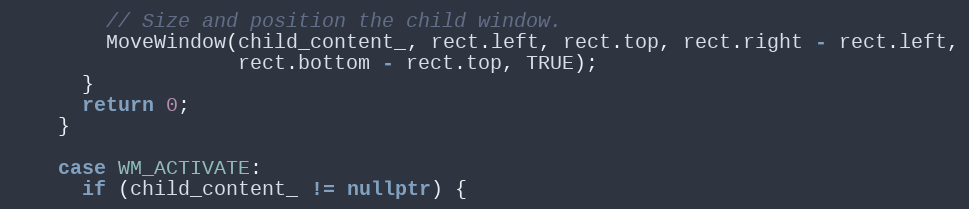
Language: C++
        // Size and position the child window.
        MoveWindow(child_content_, rect.left, rect.top, rect.right - rect.left,
                   rect.bottom - rect.top, TRUE);
      }
      return 0;
    }

    case WM_ACTIVATE:
      if (child_content_ != nullptr) {